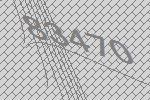
83470